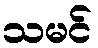
သမင်